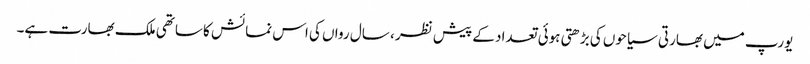
یورپ میں بھارتی سیاحوں کی بڑھتی ہوئی تعداد کے پیش نظر ، سال رواں کی اس نمائش کا ساتھی ملک بھارت ہے۔